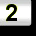
Digit: 2